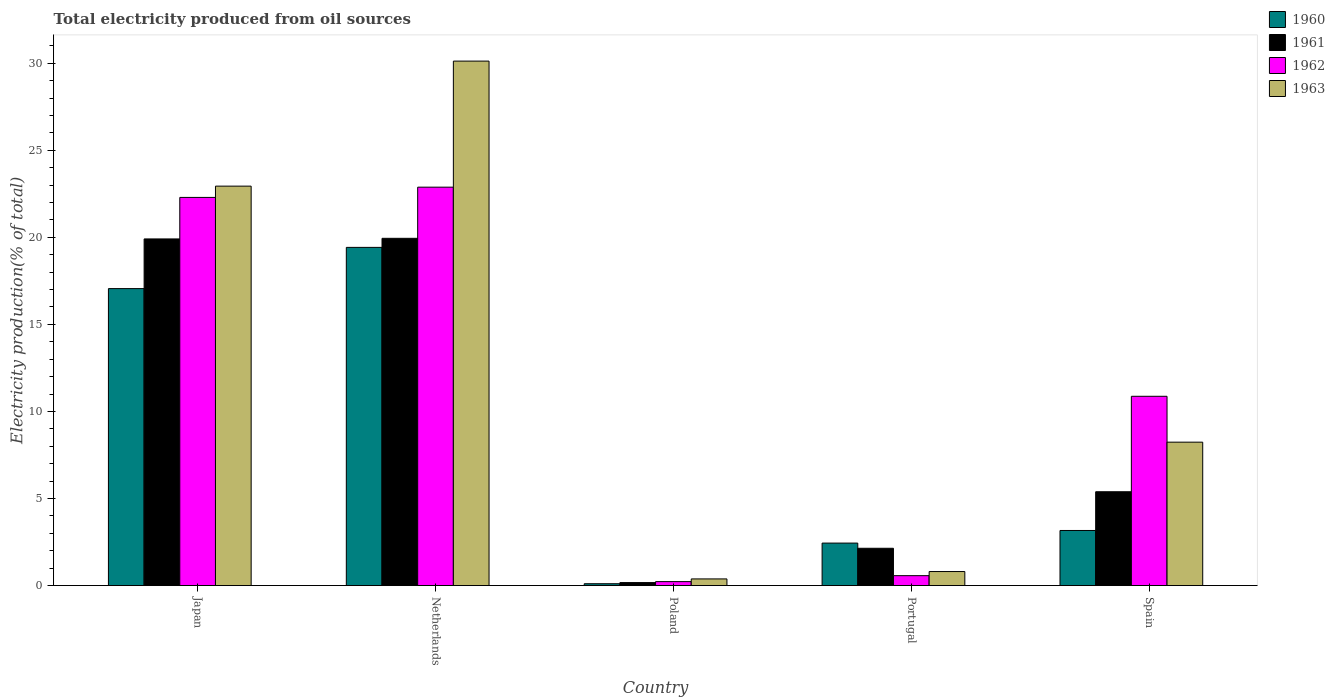
| Country | 1960 | 1961 | 1962 | 1963 |
 | --- | --- | --- | --- | --- |
 | Japan | 17.1 | 19.9 | 22.3 | 22.9 |
 | Netherlands | 19.4 | 19.9 | 22.9 | 30.1 |
 | Poland | 0.106 | 0.171 | 0.226 | 0.382 |
 | Portugal | 2.44 | 2.14 | 0.568 | 0.805 |
 | Spain | 3.16 | 5.39 | 10.9 | 8.24 |